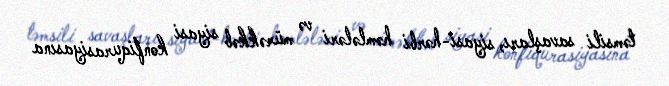
təmsili savaşları, siyasi-hərbi həmlələri və mürəkkəb siyasi konfiqurasiyasına